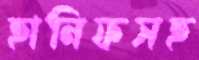
হানিফসহ